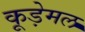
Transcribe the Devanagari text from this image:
कूड़ेमल